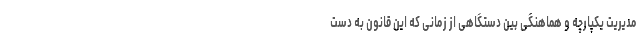
مدیریت یکپارچه و هماهنگی بین دستگاهی از زمانی که این قانون به دست